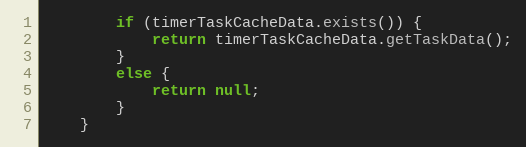
Language: Java
		if (timerTaskCacheData.exists()) {
			return timerTaskCacheData.getTaskData();
		}
		else {
			return null;
		}
	}